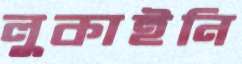
লুকাইনি